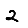
Digit: 2